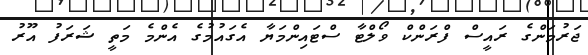
ޖަރުމަންގެ ރައީސް ފްރަންކް ވޯލްޓާ ސްޓައިންމަޔާ އެގައުމުގެ އެންމެ މަތީ ޝަރަފު އޫރު